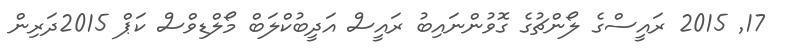
17